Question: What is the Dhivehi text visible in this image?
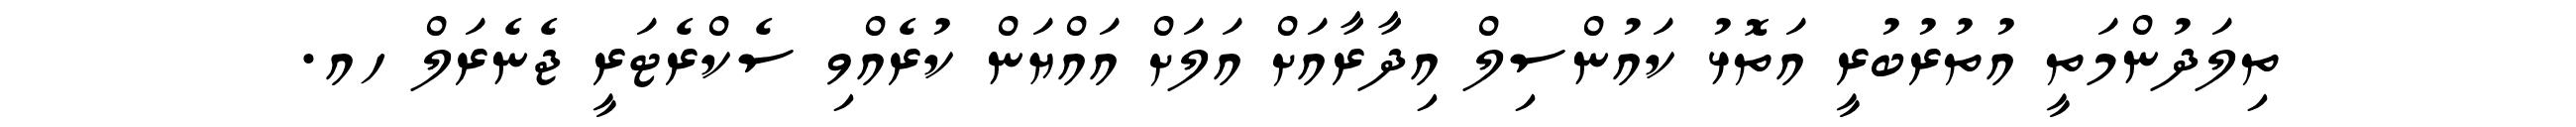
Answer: ތިލަދުންމަތީ އުތުރުބުރީ އަތޮޅު ކައުންސިލް އިދާރާއަށް އަލަށް އައްޔަން ކުރެއްވި ސެކްރެޓަރީ ޖެނެރަލް ހއ.